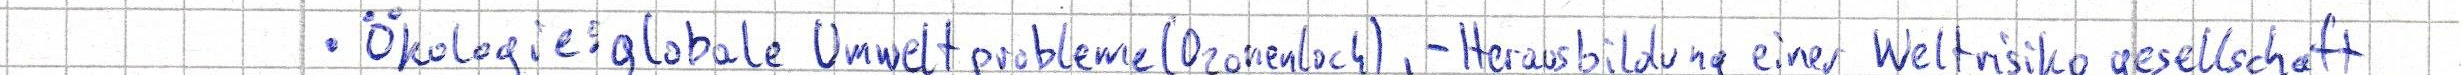
- Ökologie: globale Umweltprobleme (Ozonenloch), - Herausbildung einer Weltrisikogesellschaft